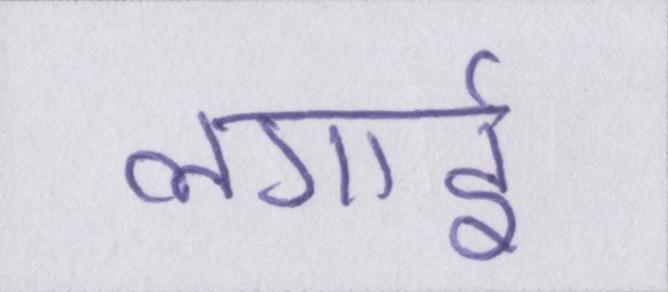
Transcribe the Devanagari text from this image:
लगाई